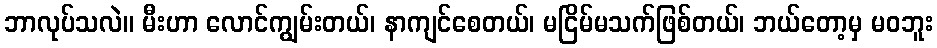
ဘာလုပ်သလဲ။ မီးဟာ လောင်ကျွမ်းတယ်၊ နာကျင်စေတယ်၊ မငြိမ်မသက်ဖြစ်တယ်၊ ဘယ်တော့မှ မဝဘူး